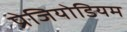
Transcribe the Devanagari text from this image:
प्रेजियोडियम